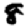
Digit: 8